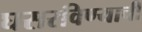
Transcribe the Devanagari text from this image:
घसरविण्याची